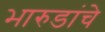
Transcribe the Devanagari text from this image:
भारुडांचे